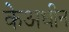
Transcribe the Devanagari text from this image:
केअधीन